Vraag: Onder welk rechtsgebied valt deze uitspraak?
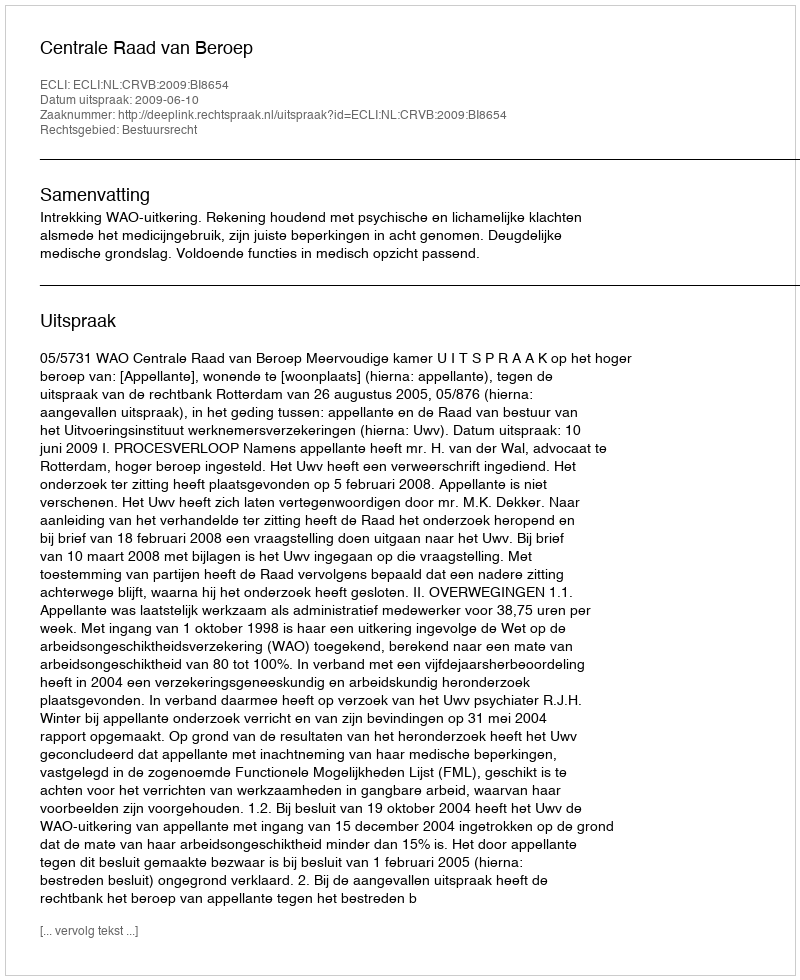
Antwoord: Bestuursrecht